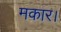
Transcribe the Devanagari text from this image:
मकार।